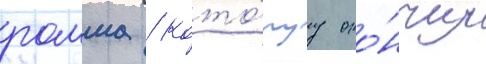
ромма / кото́руу око́нчил